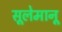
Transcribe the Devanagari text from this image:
सूलेमानू